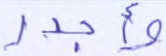
وأجدر